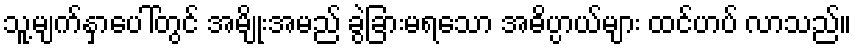
သူ့မျက်နှာပေါ်တွင် အမျိုးအမည် ခွဲခြားမရသော အဓိပ္ပာယ်များ ထင်ဟပ် လာသည်။